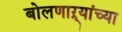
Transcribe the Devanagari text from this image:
बोलणाऱ्यांच्या